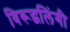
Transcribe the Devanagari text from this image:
विरूद्धलिंगी